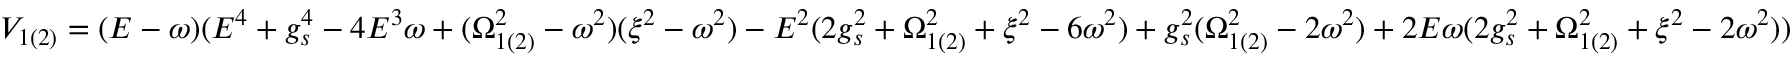
V _ { 1 ( 2 ) } = ( E - \omega ) ( E ^ { 4 } + g _ { s } ^ { 4 } - 4 E ^ { 3 } \omega + ( \Omega _ { 1 ( 2 ) } ^ { 2 } - \omega ^ { 2 } ) ( \xi ^ { 2 } - \omega ^ { 2 } ) - E ^ { 2 } ( 2 g _ { s } ^ { 2 } + \Omega _ { 1 ( 2 ) } ^ { 2 } + \xi ^ { 2 } - 6 \omega ^ { 2 } ) + g _ { s } ^ { 2 } ( \Omega _ { 1 ( 2 ) } ^ { 2 } - 2 \omega ^ { 2 } ) + 2 E \omega ( 2 g _ { s } ^ { 2 } + \Omega _ { 1 ( 2 ) } ^ { 2 } + \xi ^ { 2 } - 2 \omega ^ { 2 } ) )